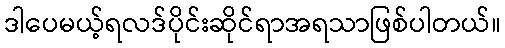
ဒါပေမယ့်ရလဒ်ပိုင်းဆိုင်ရာအရသာဖြစ်ပါတယ်။